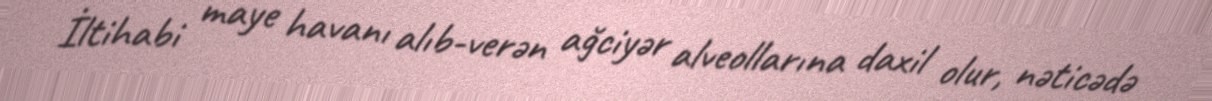
İltihabi maye havanı alıb-verən ağciyər alveollarına daxil olur, nəticədə